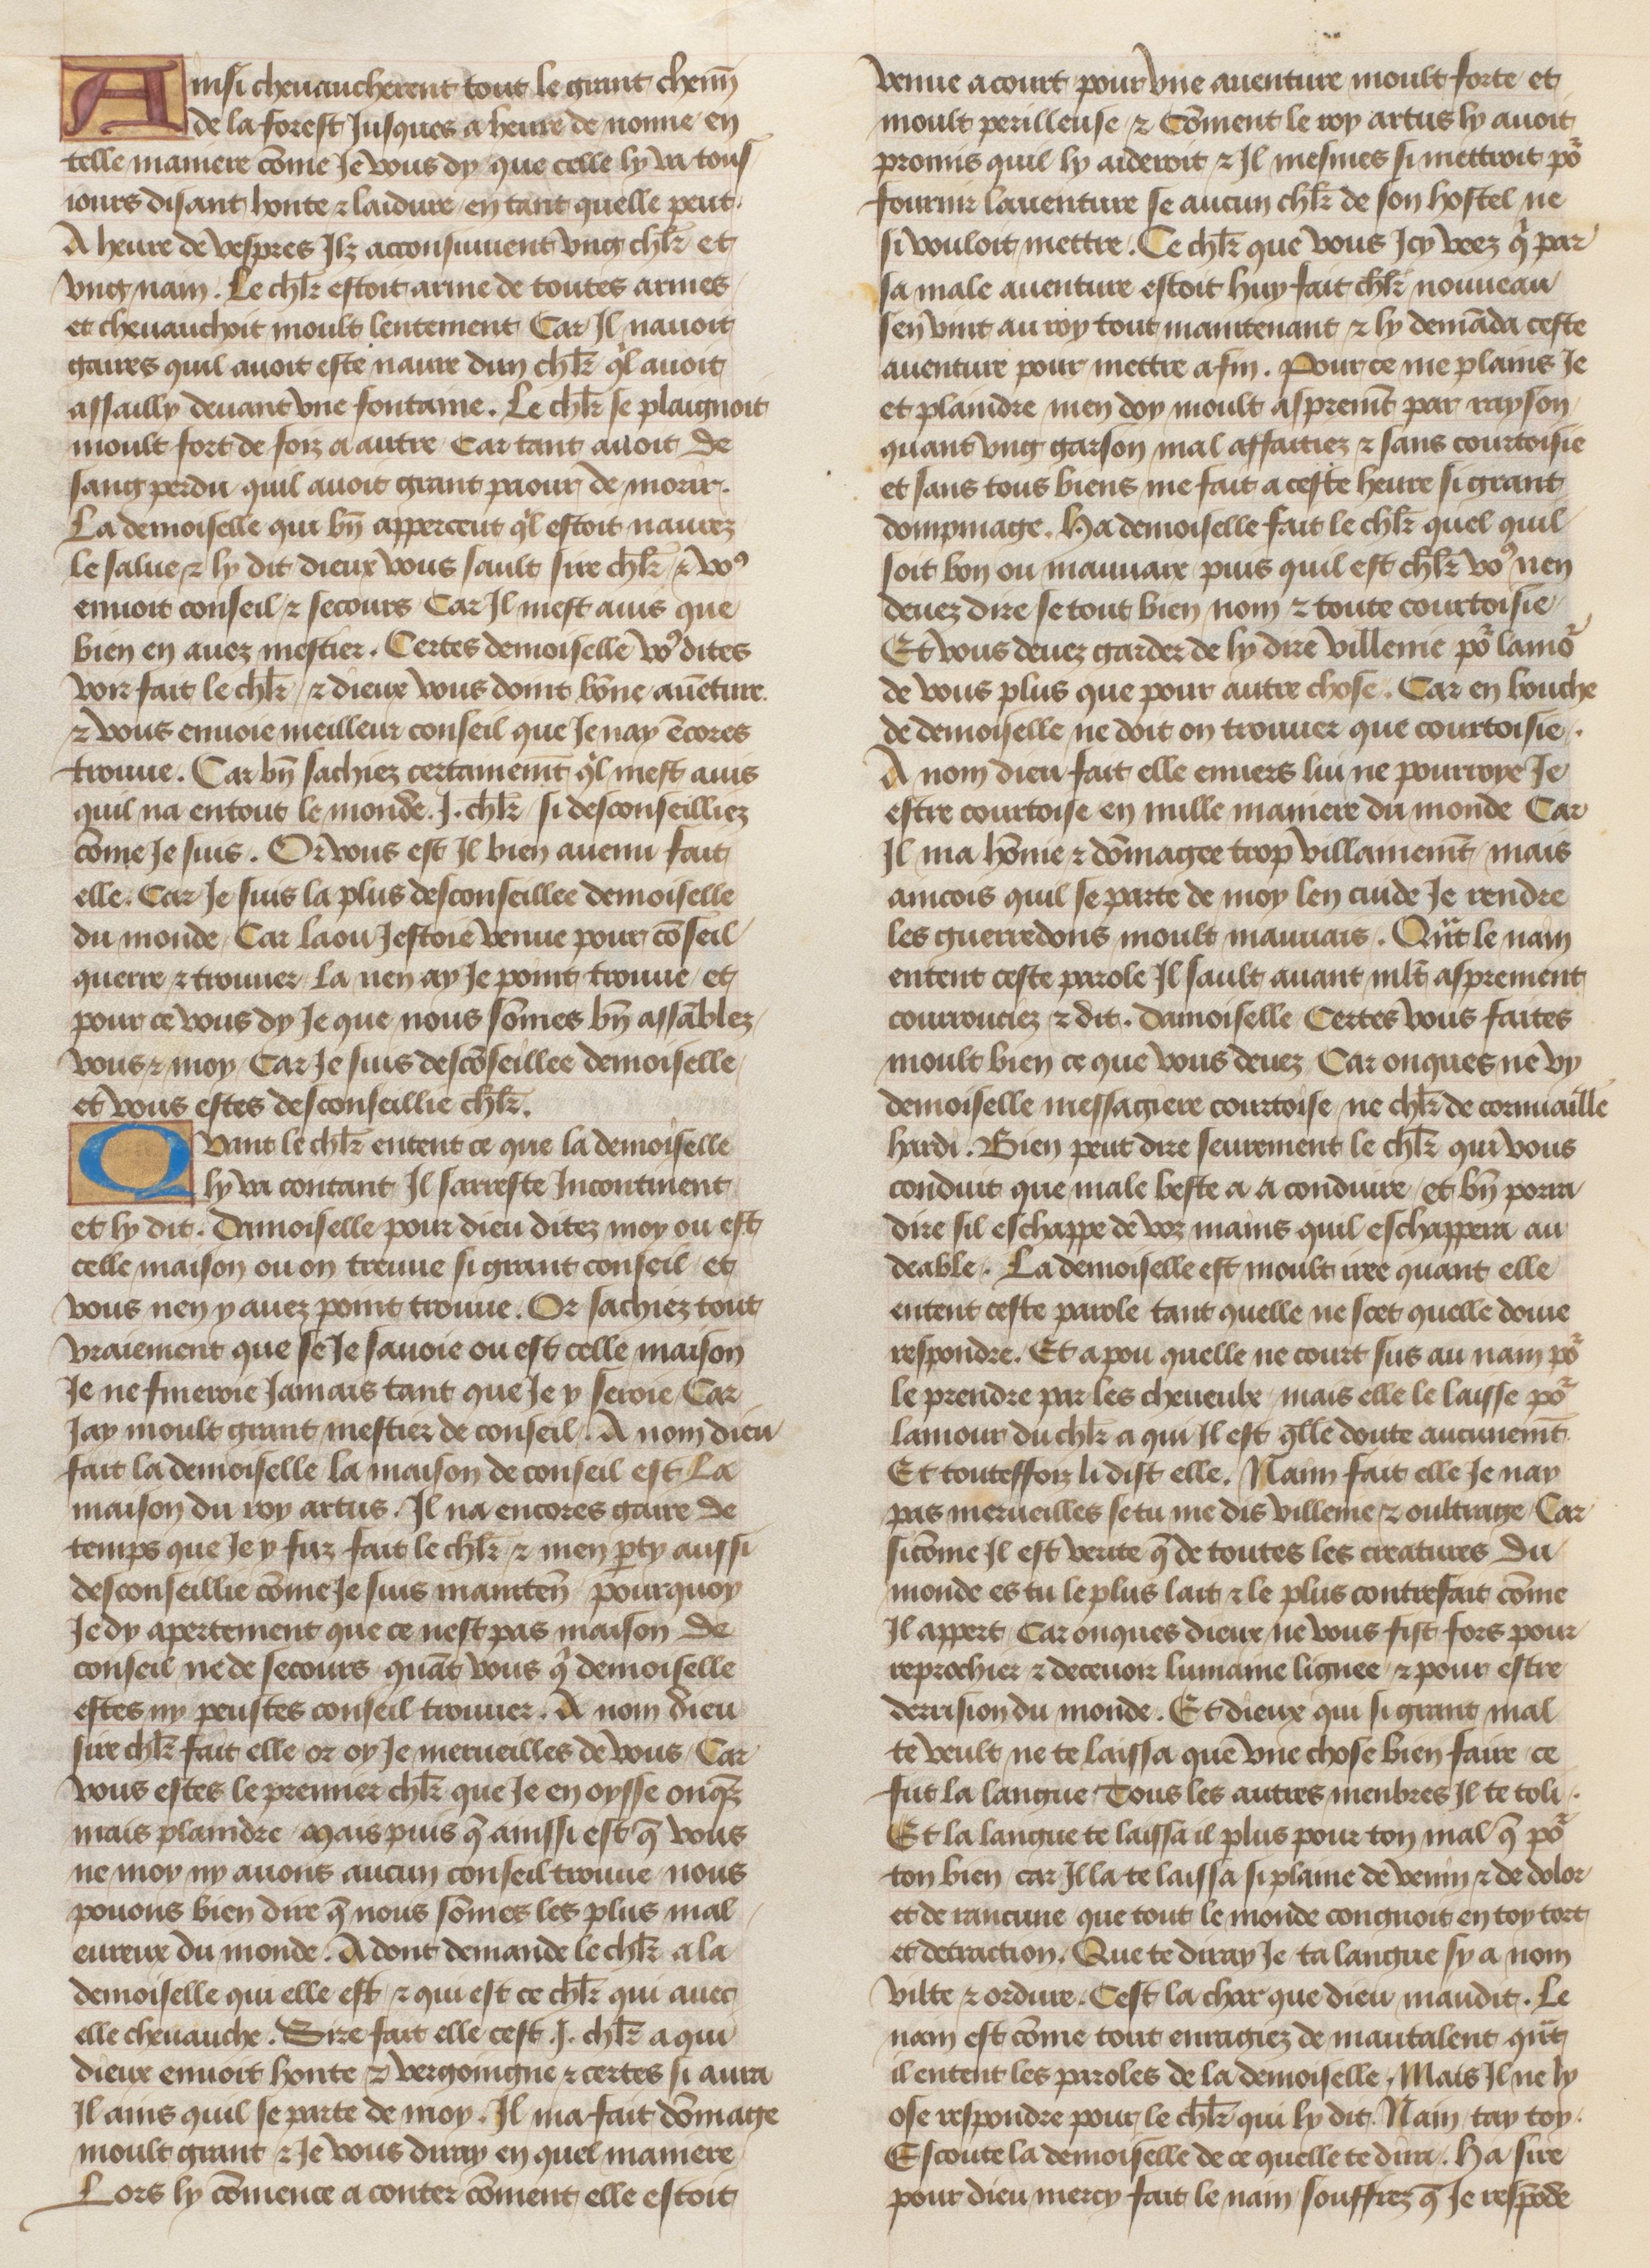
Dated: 1455–1485